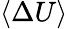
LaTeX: \langle\Delta U\rangle